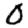
Digit: 0